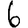
Digit: 6